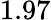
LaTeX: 1.97